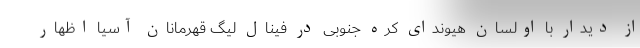
از دیدار با اولسان هیوندای کره جنوبی در فینال لیگ قهرمانان آسیا اظهار